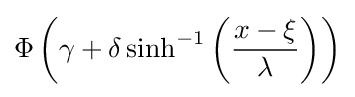
\Phi \left(\gamma +\delta \sinh ^{-1}\left({\frac {x-\xi }{\lambda }}\right)\right)